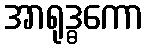
အာရုဒ္ဓကော